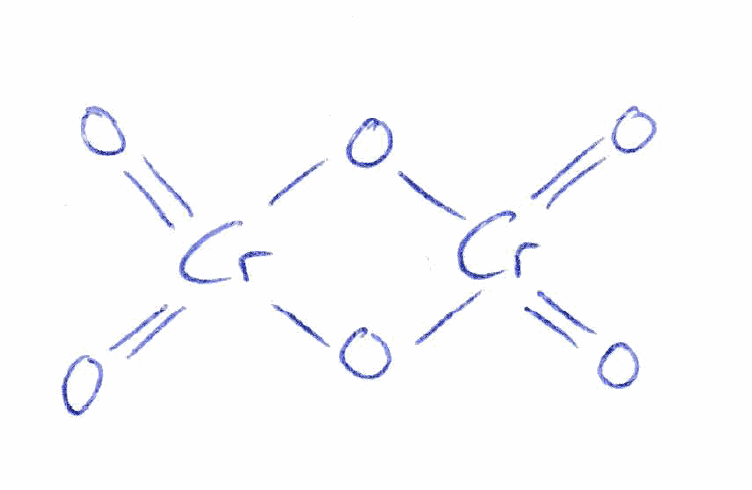
Simplified molecular-input line-entry system (SMILES) notation of the given molecule:
O=[Cr]1(=O)O[Cr](=O)(=O)O1